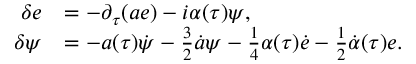
\begin{array} { r l } { { \delta e } } & { { = - \partial _ { \tau } ( a e ) - { i } \alpha ( \tau ) \psi , } } \\ { { \delta \psi } } & { { = - a ( \tau ) \dot { \psi } - { \frac { 3 } { 2 } } \dot { a } \psi - { \frac { 1 } { 4 } } \alpha ( \tau ) \dot { e } - { \frac { 1 } { 2 } } \dot { \alpha } ( \tau ) e . } } \end{array}